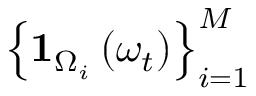
\left\{ \mathbf { 1 } _ { \Omega _ { i } } \left( \omega _ { t } \right) \right\} _ { i = 1 } ^ { M }